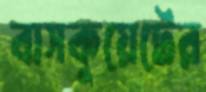
বাসকুয়েটের